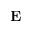
\mathbf { E }